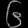
Digit: ၆